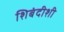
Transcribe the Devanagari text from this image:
शिबंदीशी